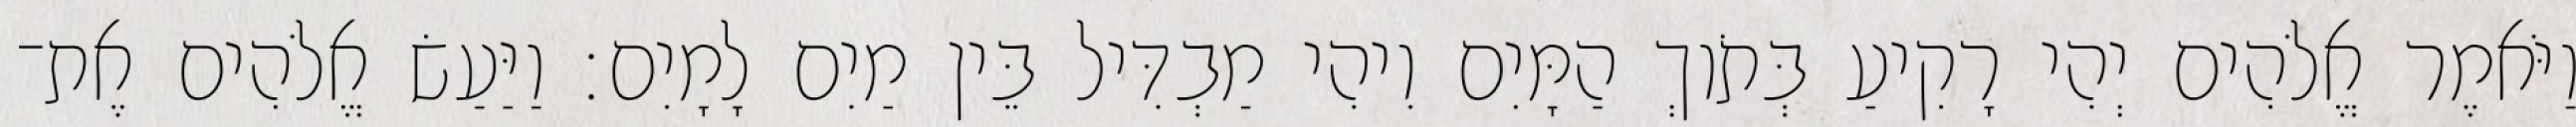
וַיֹּאמֶר אֱלֹהִים יְהִי רָקִיעַ בְּתֹוךְ הַמָּיִם וִיהִי מַבְדִּיל בֵּין מַיִם לָמָיִם׃ וַיַּעַשׂ אֱלֹהִים אֶת־